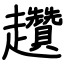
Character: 趲